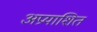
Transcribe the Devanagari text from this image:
अप्रयाशित